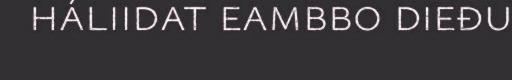
háliidat eambbo dieđu